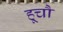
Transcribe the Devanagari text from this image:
हूचौ